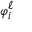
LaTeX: \scriptstyle { \varphi _ { i } ^ { \ell } }